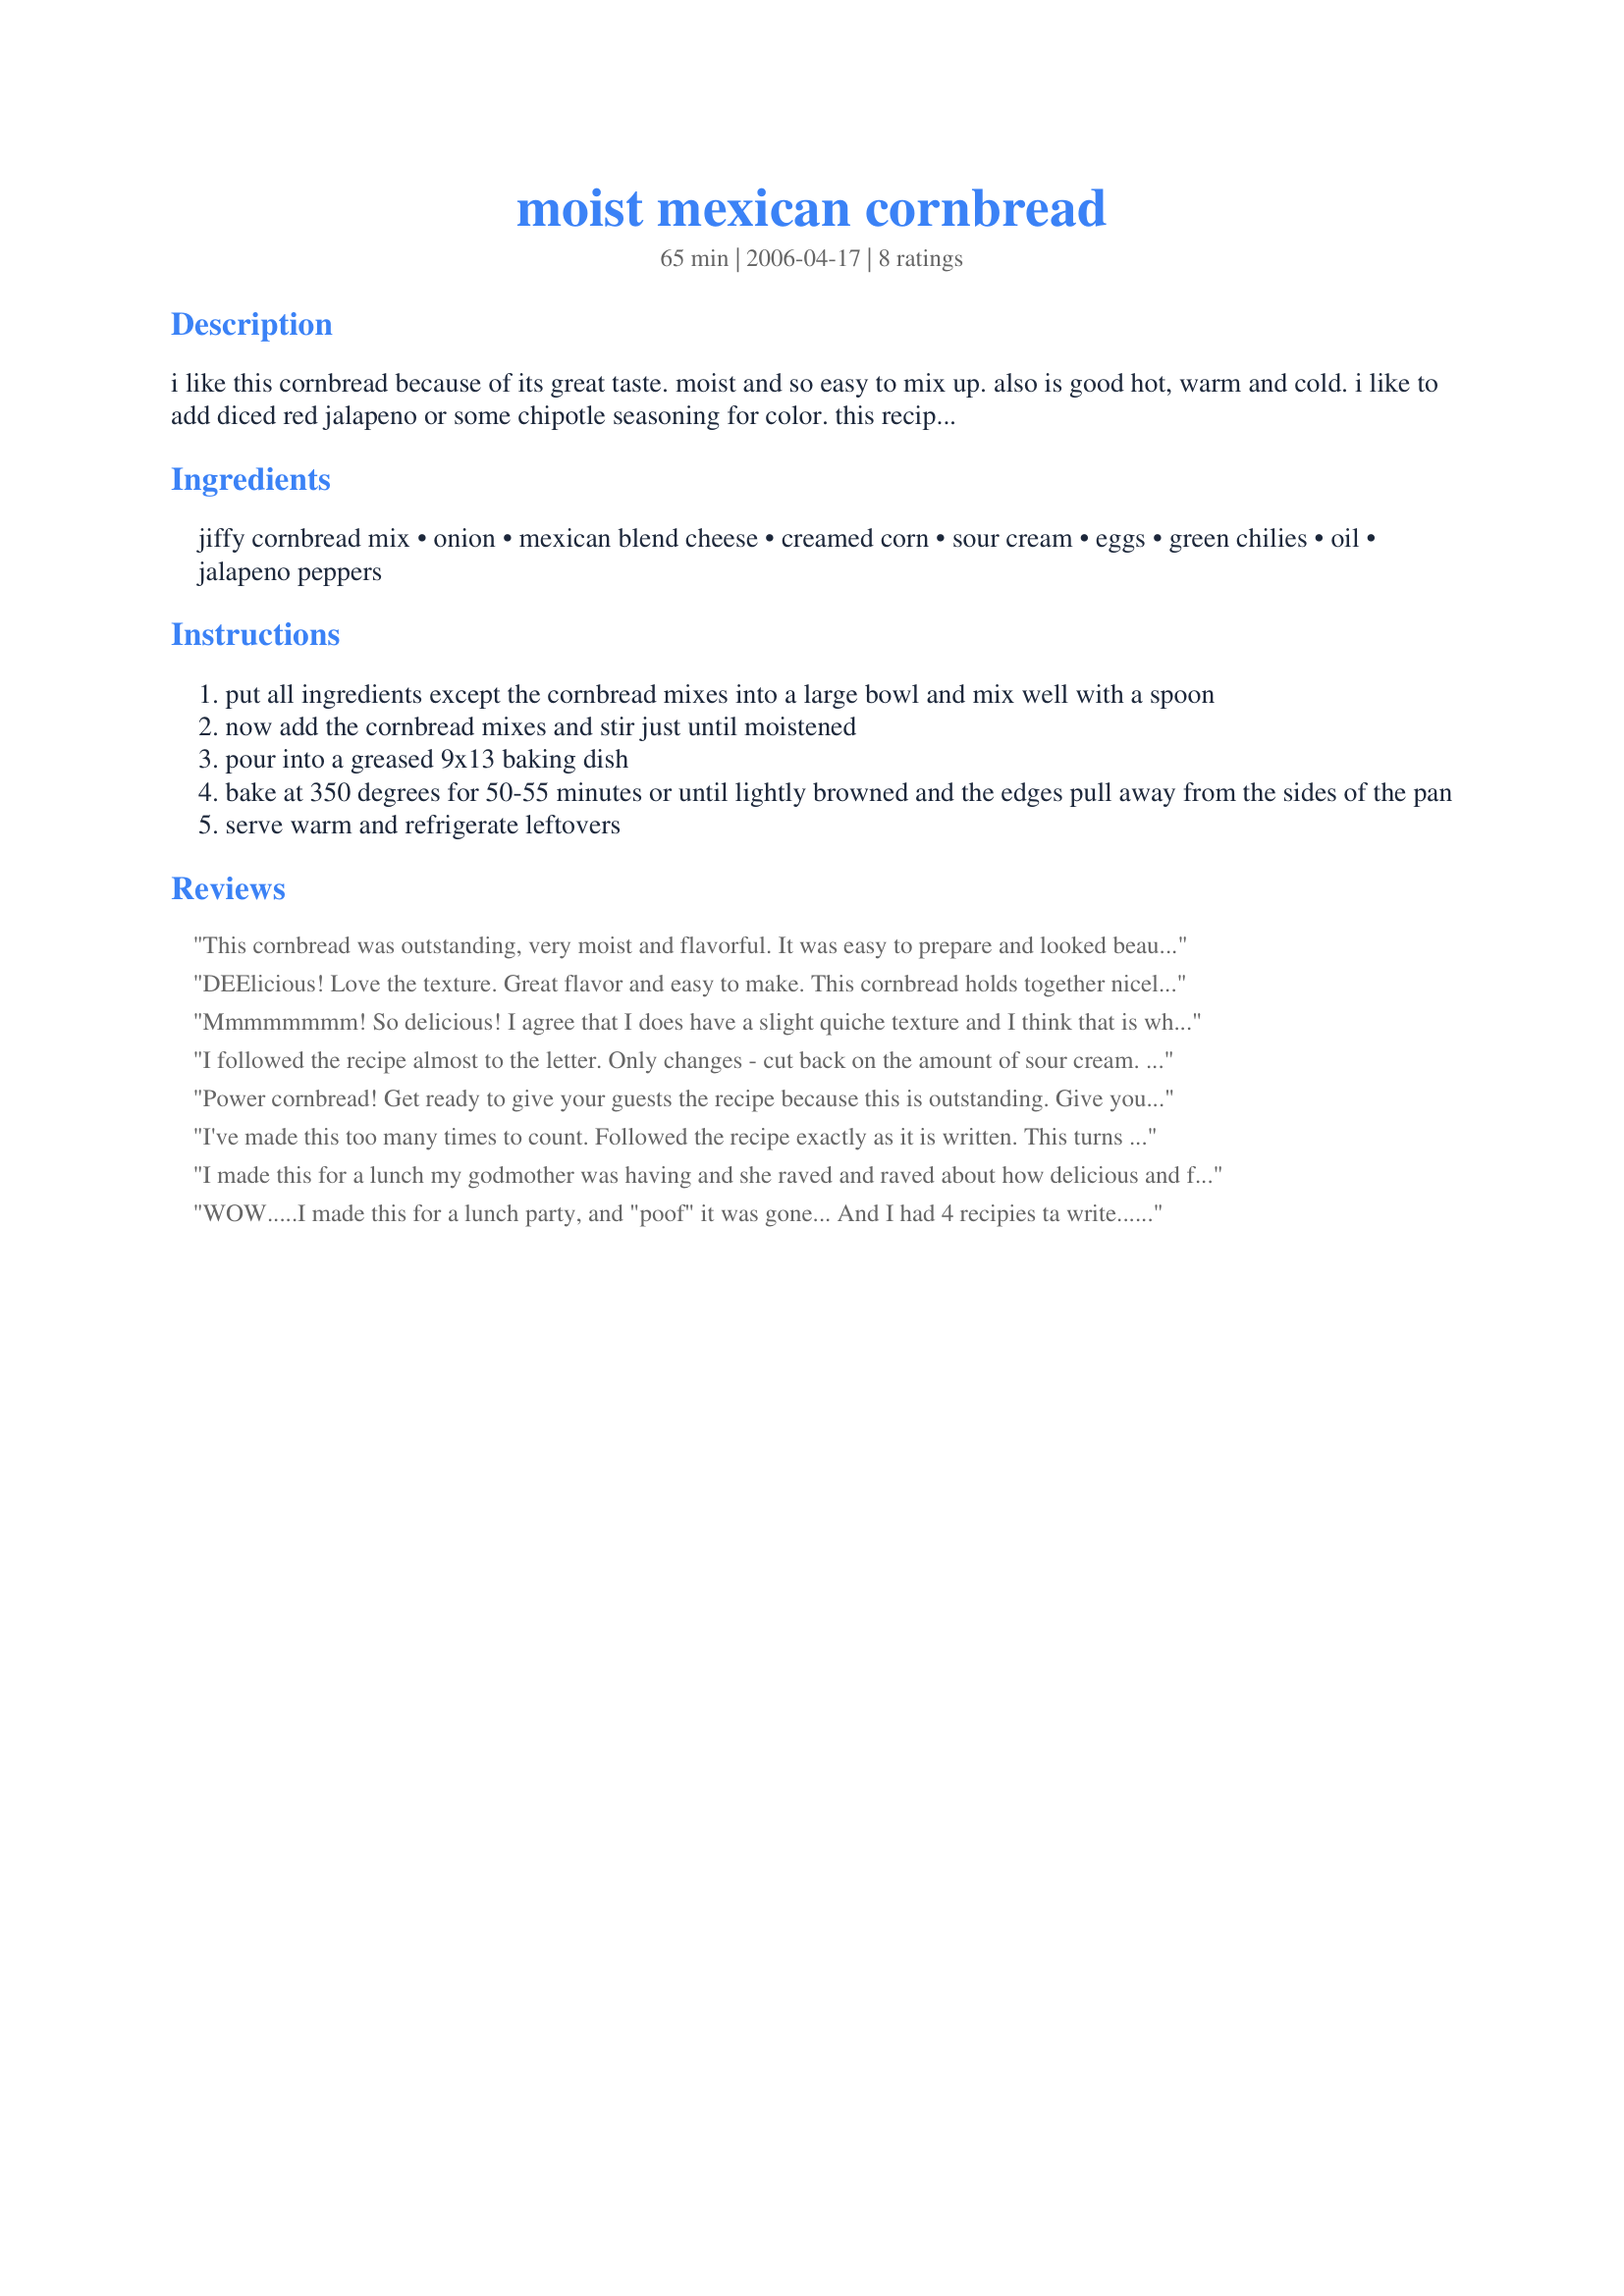
moist mexican cornbread
Preparation time: 65 minutes

i like this cornbread because of its great taste. moist and so easy to mix up. also is good hot, warm and cold. i like to add diced red jalapeno or some chipotle seasoning for color. this recipe always turns out good.

Ingredients:
jiffy cornbread mix, onion, mexican blend cheese, creamed corn, sour cream, eggs, green chilies, oil, jalapeno peppers

Steps:
put all ingredients except the cornbread mixes into a large bowl and mix well with a spoon
now add the cornbread mixes and stir just until moistened
pour into a greased 9x13 baking dish
bake at 350 degrees for 50-55 minutes or until lightly browned and the edges pull away from the sides of the pan
serve warm and refrigerate leftovers

Reviews:
This cornbread was outstanding, very moist and flavorful. It was easy to prepare and looked beautiful. I made the recipe as directed but added about three cloves of garlic (chopped) and a little chili powder. I did not have fresh jalapenos so I just used some jarred ones and it still turned out great. Thanks for the great recipe.
DEElicious! Love the texture. Great flavor and easy to make. This cornbread holds together nicely and tastes wonderful whether served hot, warm, room temperature, or cold! Personally, I wouldn't remove the jalapeno pepper seeds because I enjoy some heat. Thanks for a most excellent recipe!
Mmmmmmmm! So delicious! I agree that I does have a slight quiche texture and I think that is why I like it so much. It really is a showstopper bread to add to your favorite winter soup. I serve it with chili, white chicken chili, or taco soup although I would eat it with anything!
I followed the recipe almost to the letter. Only changes - cut back on the amount of sour cream. I actually used onion dip made with sour cream. Left out the green chilies because I didn't have them. On one occasion I fried bacon and added it crumbled and the bacon drippings as part of the oil measurement. I baked it in two large cast iron skillets because I like cornbread thin and crispy. This is a must for chili, taco soup or tomato soup.
Power cornbread! Get ready to give your guests the recipe because this is outstanding. Give yourself plenty of time to cool the bread otherwise it can be too loose. Perfect with your favorite chili?
I've made this too many times to count. Followed the recipe exactly as it is written. This turns out perfect every time and my family LOVES it. You can't go wrong with this one
I made this for a lunch my godmother was having and she raved and raved about how delicious and flavorful this cornbread was. She said it had a slight quiche texture and that she thought she could almost make a meal just out of this cornbread! Thanks for posting this wonderful recipe!
WOW.....I made this for a lunch party, and "poof" it was gone... And I had 4 recipies ta write... Thanx for a lucious recipie!!!
